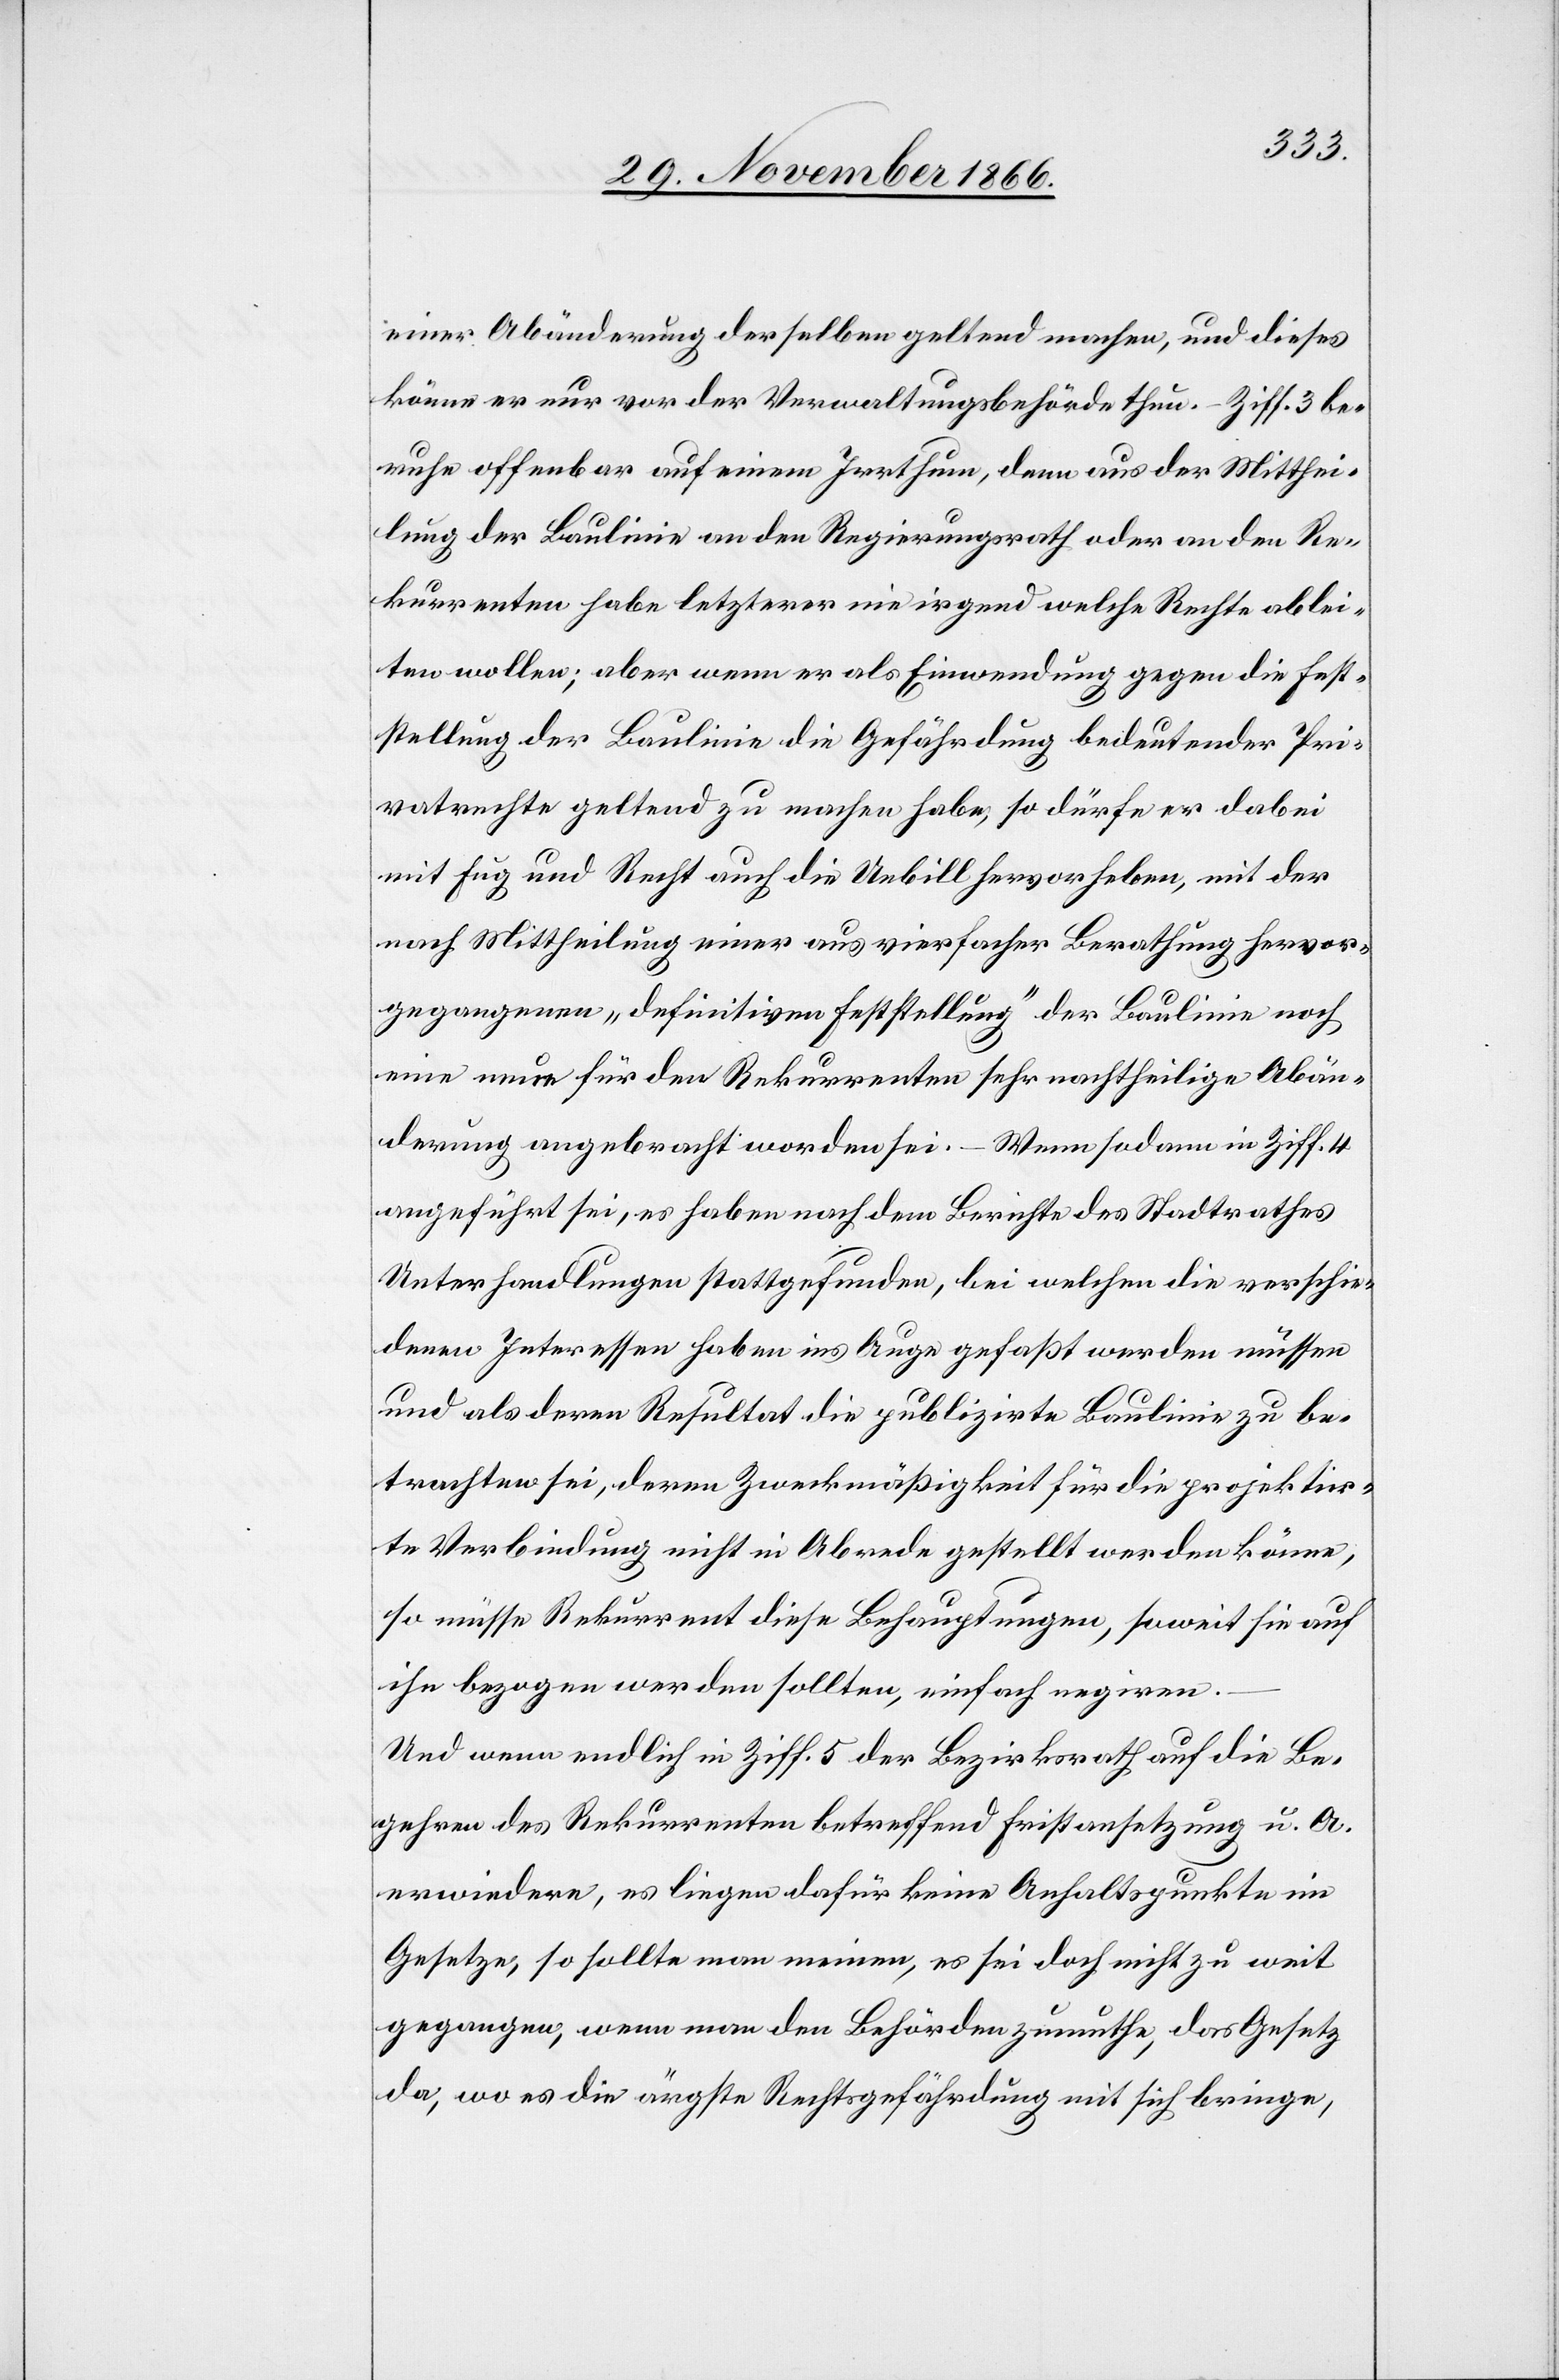
einer Abänderung derselben geltend machen, und dieses
könne er nur vor der Verwaltungsbehörde thun. – Ziff. 3 be¬
ruhe offenbar auf einem Irrthum, denn aus der Mitthei¬
lung der Baulinie an den Regierungsrath oder an den Re¬
kurrenten habe letzterer nie irgend welche Rechte ablei¬
ten wollen; aber wenn er als Einwendung gegen die Fest¬
stellung der Baulinie die Gefährdung bedeutender Pri¬
vatrechte geltend zu machen habe, so dürfe er dabei
mit Fug und Recht auch die Unbill hervorheben, mit der
nach Mittheilung einer aus vierfacher Berathung hervor¬
gegangenen „definitiven Feststellung“ der Baulinie noch
eine neue für den Rekurrenten sehr nachtheilige Abän¬
derung angebracht worden sei. – Wenn sodann in Ziff. 4
angeführt sei, es haben nach dem Berichte des Stadtrathes
Unterhandlungen stattgefunden, bei welchen die verschie¬
denen Interessen haben ins Auge gefaßt werden müssen
und als deren Resultat die publizirte Baulinie zu be¬
trachten sei, deren Zweckmäßigkeit für die projektir¬
te Verbindung nicht in Abrede gestellt werden könne,
so müsse Rekurrent diese Behauptungen, soweit sie auf
ihn bezogen werden sollten, einfach negiren.
Und wenn endlich in Ziff. 5 der Bezirksrath auf die Be¬
gehren des Rekurrenten betreffend Fristansetzung u. A.
erwiedere, es liegen dafür keine Anhaltspunkte im
Gesetze, so sollte man meinen, es sei doch nicht zu weit
gegangen, wenn man den Behörden zumuthe, das Gesetz
da, wo es die ärgste Rechtsgefährdung mit sich bringe,